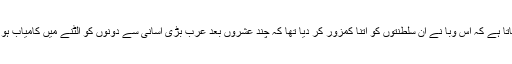
کہا جاتا ہے کہ اس وبا نے ان سلطنتوں کو اتنا کمزور کر دیا تھا کہ چند عشروں بعد عرب بڑی آسانی سے دونوں کو الٹنے میں کامیاب ہو گئے۔